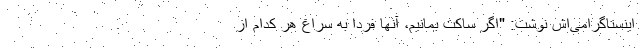
اینستاگرامی‌اش نوشت: "اگر ساکت بمانیم، آنها فردا به سراغ هر کدام از